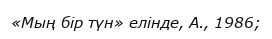
«Мың бір түн» елінде, А., 1986;